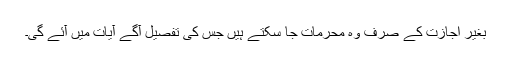
بغیر اجازت کے صرف وہ محرمات جا سکتے ہیں جس کی تفصیل آگے آیات میں آئے گی۔